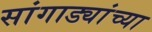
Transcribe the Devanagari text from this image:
सांगाड्यांच्या